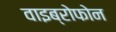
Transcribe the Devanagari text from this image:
वाइब्रोफोन